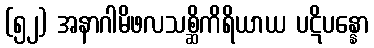
(၅၂) အနာဂါမိဖလသစ္ဆိကိရိယာယ ပဋိပန္နော